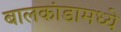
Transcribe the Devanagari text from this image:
बालकांडामध्ये